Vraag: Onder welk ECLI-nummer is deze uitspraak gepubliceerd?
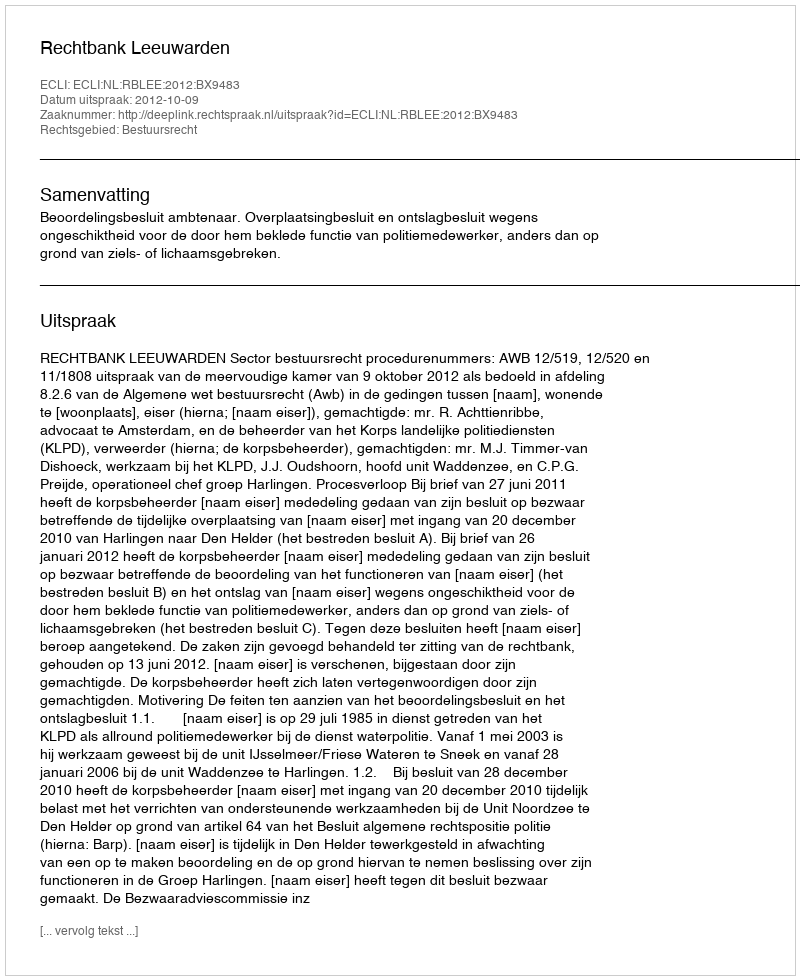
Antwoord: ECLI:NL:RBLEE:2012:BX9483